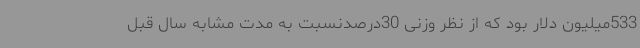
533میلیون دلار بود که از نظر وزنی 30درصدنسبت به مدت مشابه سال قبل